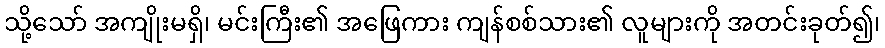
သို့သော် အကျိုးမရှိ၊ မင်းကြီး၏ အဖြေကား ကျန်စစ်သား၏ လူများကို အတင်းခုတ်၍၊